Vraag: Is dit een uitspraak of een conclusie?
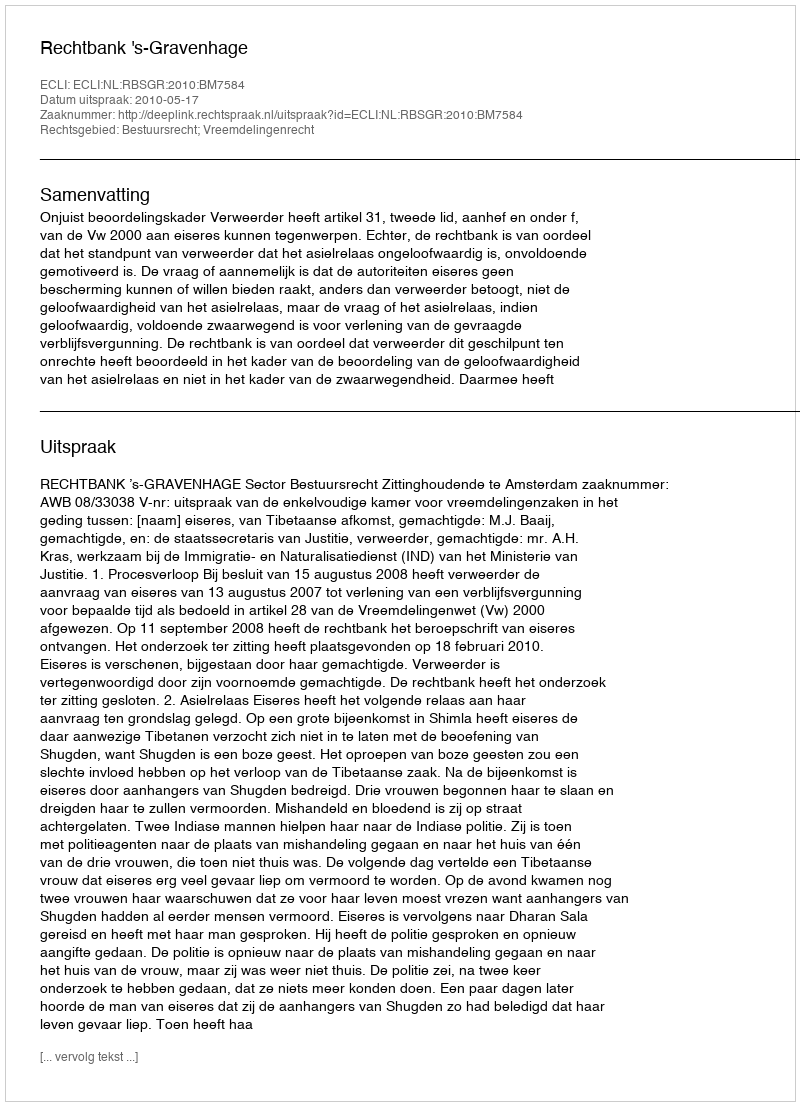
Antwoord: Uitspraak